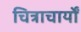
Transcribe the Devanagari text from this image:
चित्राचार्यों